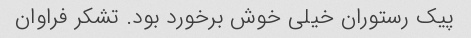
پیک رستوران خیلی خوش برخورد بود. تشکر فراوان